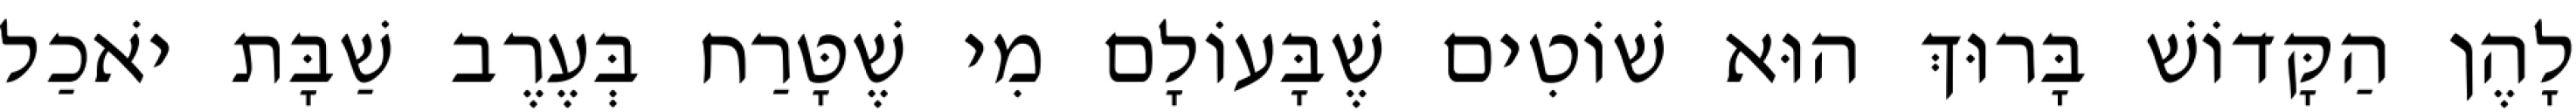
לָהֶן הַקָּדוֹשׁ בָּרוּךְ הוּא שׁוֹטִים שֶׁבָּעוֹלָם מִי שֶׁטָּרַח בְּעֶרֶב שַׁבָּת יֹאכַל